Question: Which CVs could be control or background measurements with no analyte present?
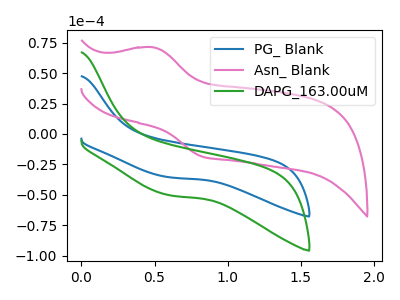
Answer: <think>The blue curve "PG_ Blank" has no peaks. The pink curve "Asn_ Blank" has an anodic peak at (0.50V, 71.20uA) and a cathodic peak at (0.80V, -18.45uA). The green curve "DAPG_163.00uM" has no peaks.</think>
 <answer>"PG_ Blank" and "DAPG_163.00uM" are likely to be blanks.</answer>
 <eval>"PG_ Blank", "DAPG_163.00uM"</eval>